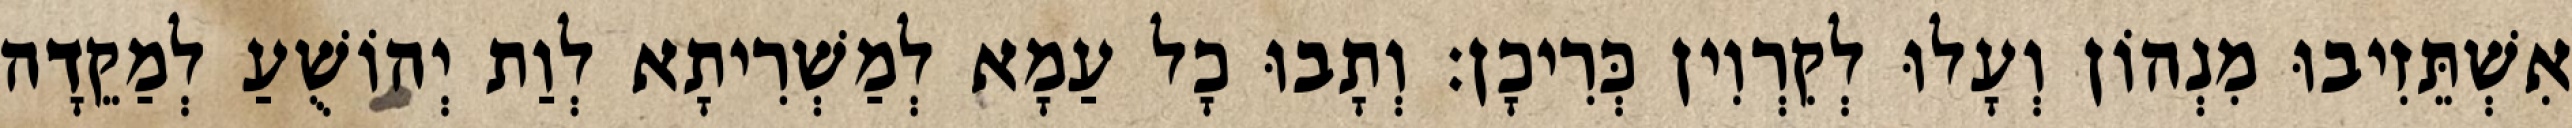
אִשְׁתֵּזִיבוּ מִנְהוֹן וְעָלוּ לְקִרְוִין כְּרִיכָן׃ וְתָבוּ כָל עַמָא לְמַשְׁרִיתָא לְוַת יְהוֹשֻׁעַ לְמַקֵדָה